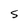
Character: S